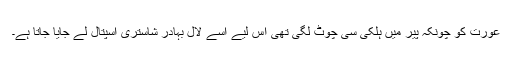
عورت کو چونکہ پیر میں ہلکی سی چوٹ لگی تھی اس لیے اسے لال بہادر شاستری اسپتال لے جایا جاتا ہے۔